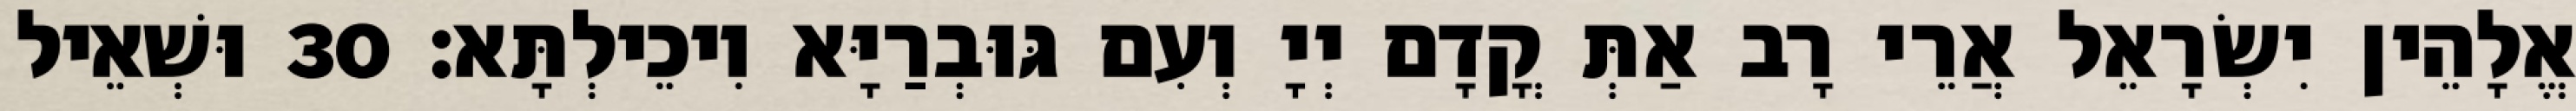
אֱלָהֵין יִשְׂרָאֵל אֲרֵי רָב אַתְּ קֳדָם יְיָ וְעִם גּוּבְרַיָּא וִיכֵילְתָּא׃ 30 וּשְׁאֵיל